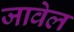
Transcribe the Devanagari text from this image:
जावेल